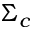
\Sigma _ { c }